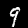
Label: 9